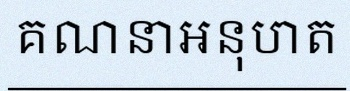
គណនាអនុបាត